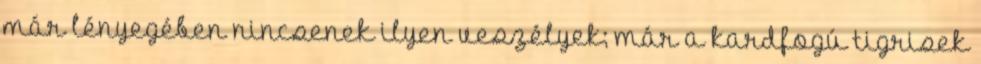
már lényegében nincsenek ilyen veszélyek; már a kardfogú tigrisek